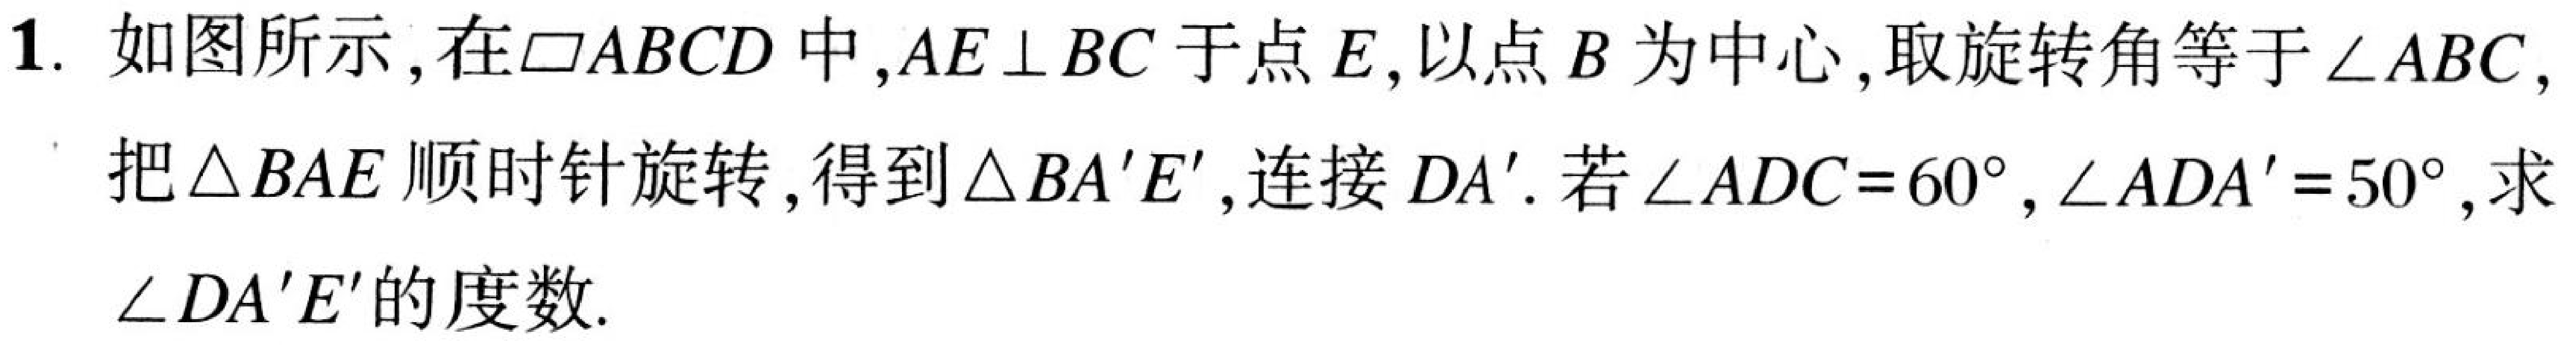
1. 如图所示,在$\square ABCD$中,$AE\perp BC$于点$E$,以点$B$为中心,取旋转角等于$\angle ABC$,
把$\triangle BAE$顺时针旋转,得到$\triangle BA'E'$,连接$DA'$.若$\angle ADC = 60^{\circ}$,$\angle ADA'=50^{\circ}$,求
$\angle DA'E'$的度数.